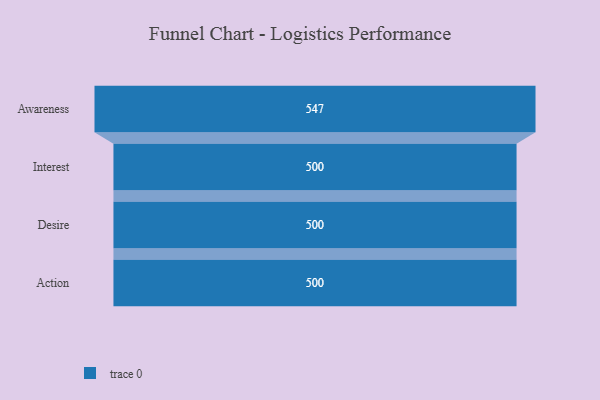
{"axis": {"x": "Stage", "y": "Value"}, "legend": [""], "data": [{"x": "Awareness", "y": 547.0, "type": ""}, {"x": "Interest", "y": 500, "type": ""}, {"x": "Desire", "y": 500, "type": ""}, {"x": "Action", "y": 500, "type": ""}]}